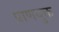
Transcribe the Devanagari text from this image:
प्राणयुक्त